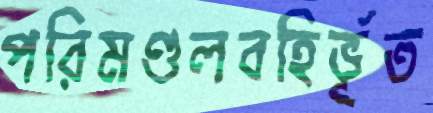
পরিমণ্ডলবহির্ভূত